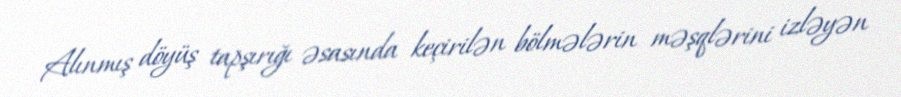
Alınmış döyüş tapşırığı əsasında keçirilən bölmələrin məşqlərini izləyən